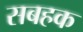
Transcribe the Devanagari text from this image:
सबहक